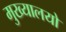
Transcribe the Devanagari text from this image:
मुख्यालयो